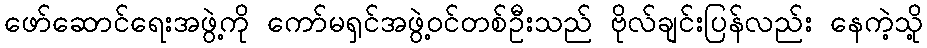
ဖော်ဆောင်ရေးအဖွဲ့ကို ကော်မရှင်အဖွဲ့ဝင်တစ်ဦးသည် ဗိုလ်ချင်းပြန်လည်း နေကဲ့သို့